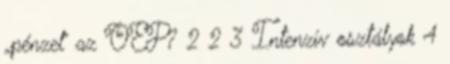
„pénzel” az OEP? 2 2 3 Intenzív osztályok 4